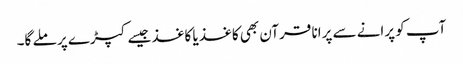
آپ کو پرانے سے پرانا قرآن بھی کاغذ یا کاغذ جیسے کپڑے پر ملے گا۔